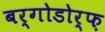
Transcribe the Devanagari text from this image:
बर्गोडोर्फ़